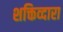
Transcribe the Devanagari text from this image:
शक्तिव्दारा